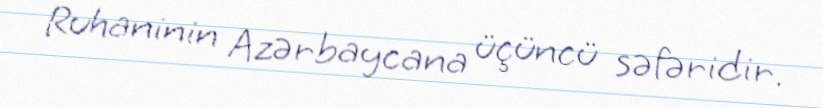
Ruhaninin Azərbaycana üçüncü səfəridir.